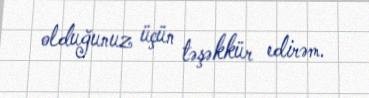
olduğunuz üçün təşəkkür edirəm.